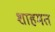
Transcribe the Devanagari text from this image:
शाहमत